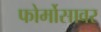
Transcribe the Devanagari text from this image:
फोर्मोसावर